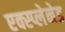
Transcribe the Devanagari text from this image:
एक्स्प्लेनेड